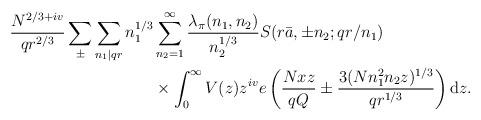
LaTeX: \begin{align*}\frac{N^{2/3+iv}}{qr^{2/3}}\sum_\pm\sum_{n_1|qr}n_1^{1/3}&\sum_{n_2=1}^\infty \frac{\lambda_\pi(n_1,n_2)}{n_2^{1/3}}S(r\bar a, \pm n_2; qr/n_1)\\ &\times \int_0^\infty V(z)z^{iv}e\left(\frac{Nxz}{qQ}\pm \frac{3(Nn_1^2n_2z)^{1/3}}{qr^{1/3}}\right)\mathrm{d}z.\end{align*}